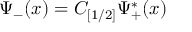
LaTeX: \Psi _ { - } ( x ) = { \cal C } _ { [ 1 / 2 ] } \Psi _ { + } ^ { \ast } ( x )